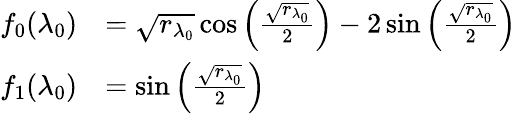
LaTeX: \begin{array}{rl}{f_{0}(\lambda_{0})}&{=\sqrt{{r_{\lambda_{0}}}}\cos\left(\frac{\sqrt{{r_{\lambda_{0}}}}}{2}\right)-2\sin\left(\frac{\sqrt{{r_{\lambda_{0}}}}}{2}\right)}\\ {f_{1}(\lambda_{0})}&{=\sin\left(\frac{\sqrt{{r_{\lambda_{0}}}}}{2}\right)}\end{array}